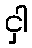
ငှါ